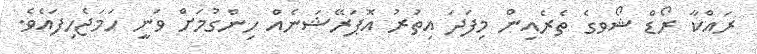
ރައްކާ ރޯޑް ޝޯވގެ ތެރެއިން މިފަދަ އިތުރު އޮޕަރޭޝަނެއް ހިންގުމަށް ވަނީ ހަމަޖެހިފައެވެ.